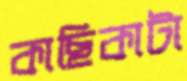
কাছিকাটা